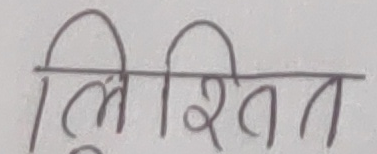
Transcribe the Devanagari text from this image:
लिखित